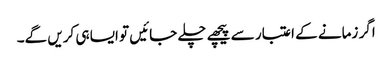
اگر زمانے کے اعتبار سے پیچھے چلے جائیں تو ایسا ہی کریں گے۔